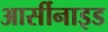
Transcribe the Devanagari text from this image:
आर्सीनाइड